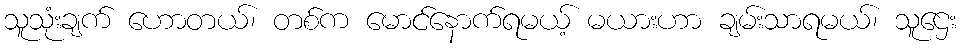
သူသုံးချက် ဟောတယ်၊ တစ်က မောင်နောက်ရမယ့် မယားဟာ ချမ်းသာရမယ်၊ သူဌေး